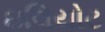
ઇલિયોટ